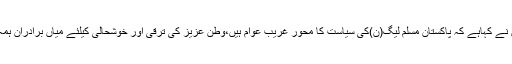
2016ء)صدرپاکستان مسلم لیگ(ن)یوتھ ونگ راولپنڈی ڈویژن لیاقت خان نے کہاہے کہ پاکستان مسلم لیگ(ن)کی سیاست کا محور غریب عوام ہیں،وطن عزیز کی ترقی اور خوشحالی کیلئے میاں برادران ہمہ وقت کوشاں ہیں اورعوامی فلاح و بہبود حکو مت کی بنیادی ترجیح ہے۔